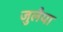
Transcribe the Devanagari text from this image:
जुलैया